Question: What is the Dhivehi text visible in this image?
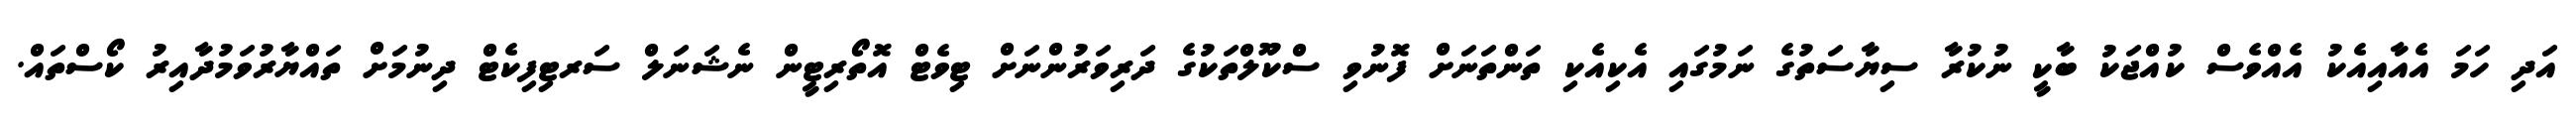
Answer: އަދި ހަމަ އެއާއިއެކު އެއްވެސް ކުއްޖަކު ބާކީ ނުކުރާ ސިޔާސަތުގެ ނަމުގައި އެކިއެކި ތަންތަނަށް ފޮނުވި ސްކޫލްތަކުގެ ދަރިވަރުންނަށް ޓިވެޓް އޮތޯރިޓީން ނެޝަނަލް ސަރޓިފިކެޓް ދިނުމަށް ތައްޔާރުވަމުދާއިރު ކޯސްތައް.